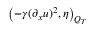
\left( - \gamma ( \partial _ { x } u ) ^ { 2 } , \eta \right) _ { Q _ { T } }